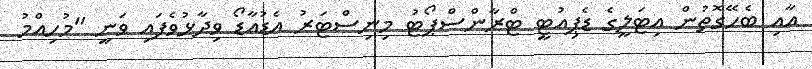
އާއި ބެހޭގޮތުން އިޓަލީގެ ޑެޕިއުޓީ ޓްރާންސްޕޯޓު މިނިސްޓަރު އެޑުއާޑޯ ވިދާޅުވެފައި ވަނީ "މުހިއްމު